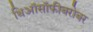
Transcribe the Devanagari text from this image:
थिऑसॉफीबरोबर